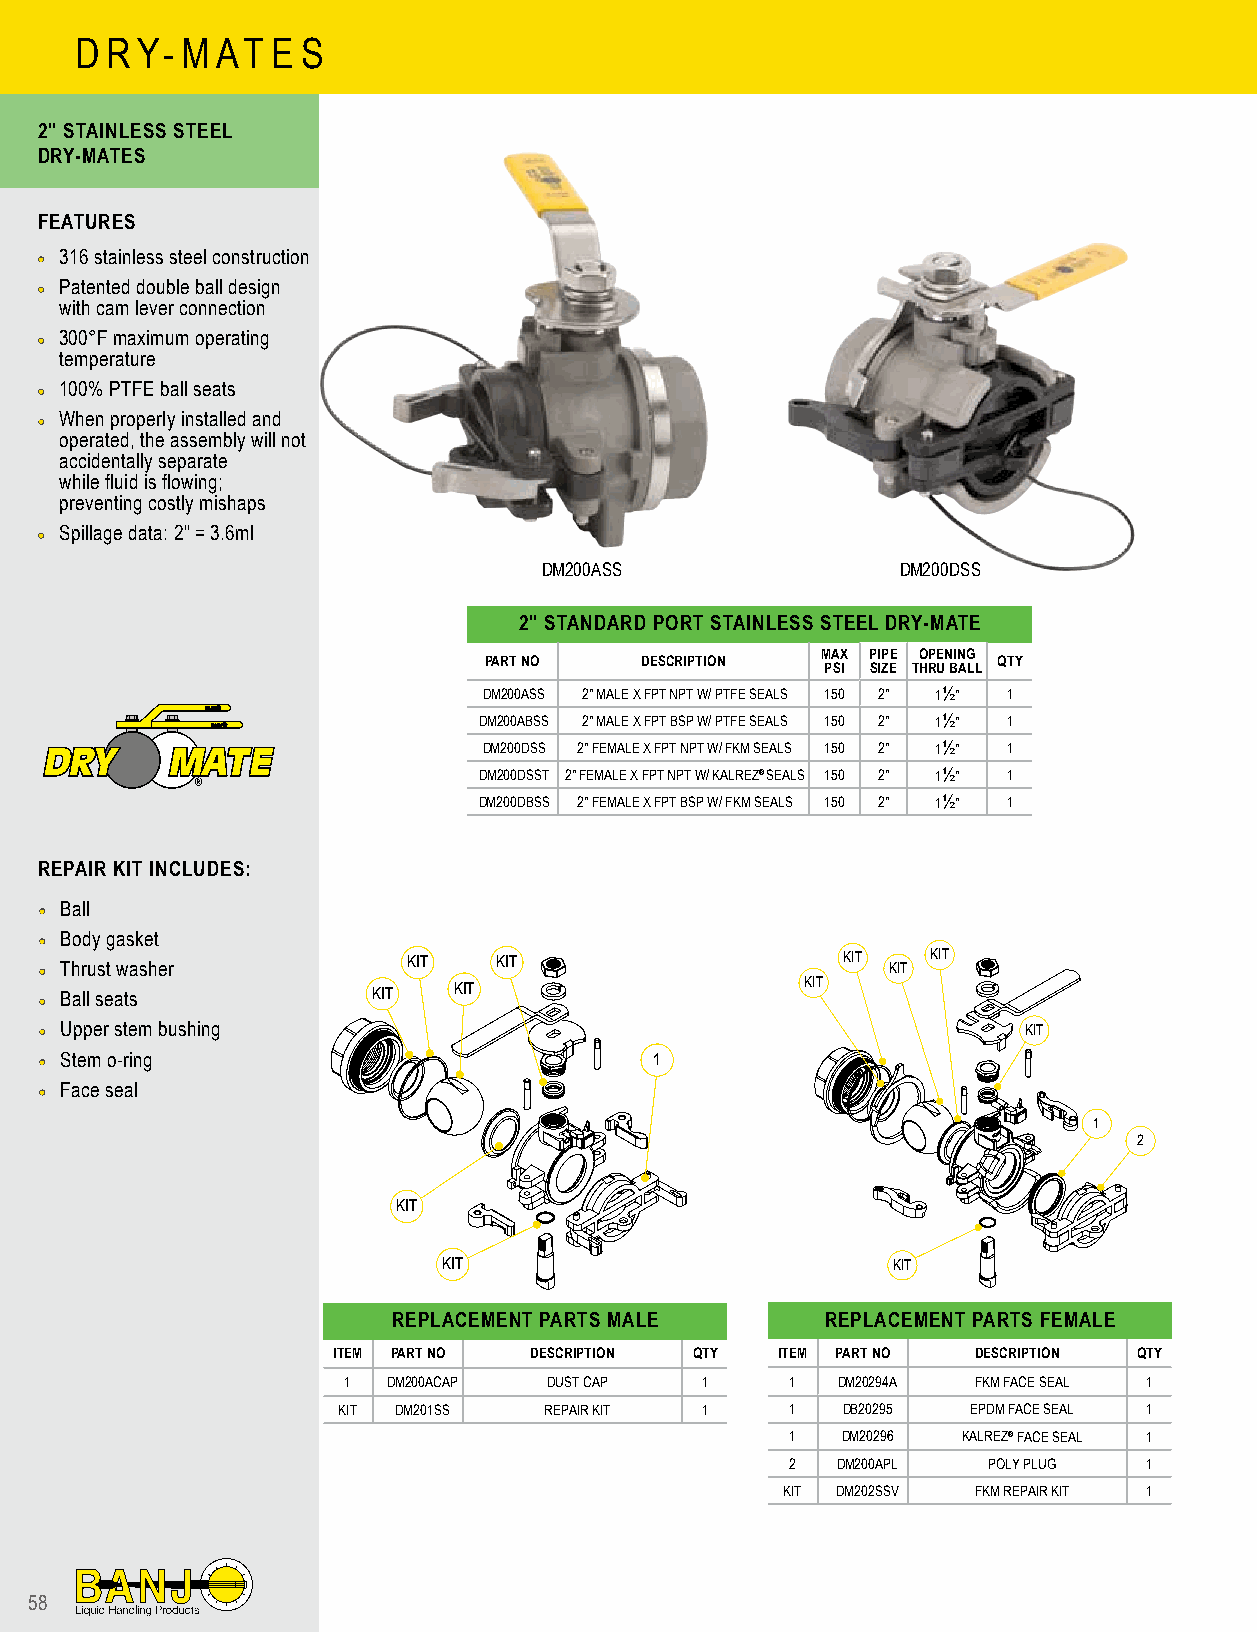
D RY-  M AT  E S
 2" STAINLESS STEEL
 DRY-MATES
 FEATURES
 •• 316 stainless steel construction
 •• Patented double ball design
 with cam lever connection
 •• 300°F maximum operating
 temperature
 •• 100% PTFE ball seats
 •• When properly installed and
 operated, the assembly will not
 accidentally separate
 while fluid is flowing;
 preventing costly mishaps
 •• Spillage data: 2" = 3.6ml
 DM200ASS                DM200DSS
 2" STANDARD PORT STAINLESS STEEL DRY-MATE
 MAX PIPE OPENING
 PART NO   DESCRIPTION             QTY
 PSI SIZE THRU BALL
 DM200ASS 2" MALE X FPT NPT W/ PTFE SEALS 150 2" 1½" 1
 DM200ABSS 2" MALE X FPT BSP W/ PTFE SEALS 150 2" 1½" 1
 DM200DSS 2" FEMALE X FPT NPT W/ FKM SEALS 150 2" 1½" 1
 DM200DSST 2" FEMALE X FPT NPT W/ KALREZ® SEALS 150 2" 1½" 1
 ®
 DM200DBSS 2" FEMALE X FPT BSP W/ FKM SEALS 150 2" 1½" 1
 REPAIR KIT INCLUDES:
 •• Ball
 •• Body gasket
 •• Thrust washer        KIT   KIT                    KIT KIT KIT
 •• Ball seats         KIT  KIT                    KIT
 •• Upper stem bushing                                            KIT
 •• Stem o-ring                          1
 •• Face seal
 1
 2
 KIT
 KIT                           KIT
 REPLACEMENT PARTS MALE       REPLACEMENT PARTS FEMALE
 ITEM PART NO DESCRIPTION QTY ITEM PART NO  DESCRIPTION QTY
 1  DM200ACAP DUST CAP  1     1  DM20294A  FKM FACE SEAL 1
 KIT DM201SS   REPAIR KIT 1    1   DB20295 EPDM FACE SEAL 1
 1   DM20296 KALREZ® FACE SEAL 1
 2  DM200APL  POLY PLUG  1
 KIT DM202SSV FKM REPAIR KIT 1
 58